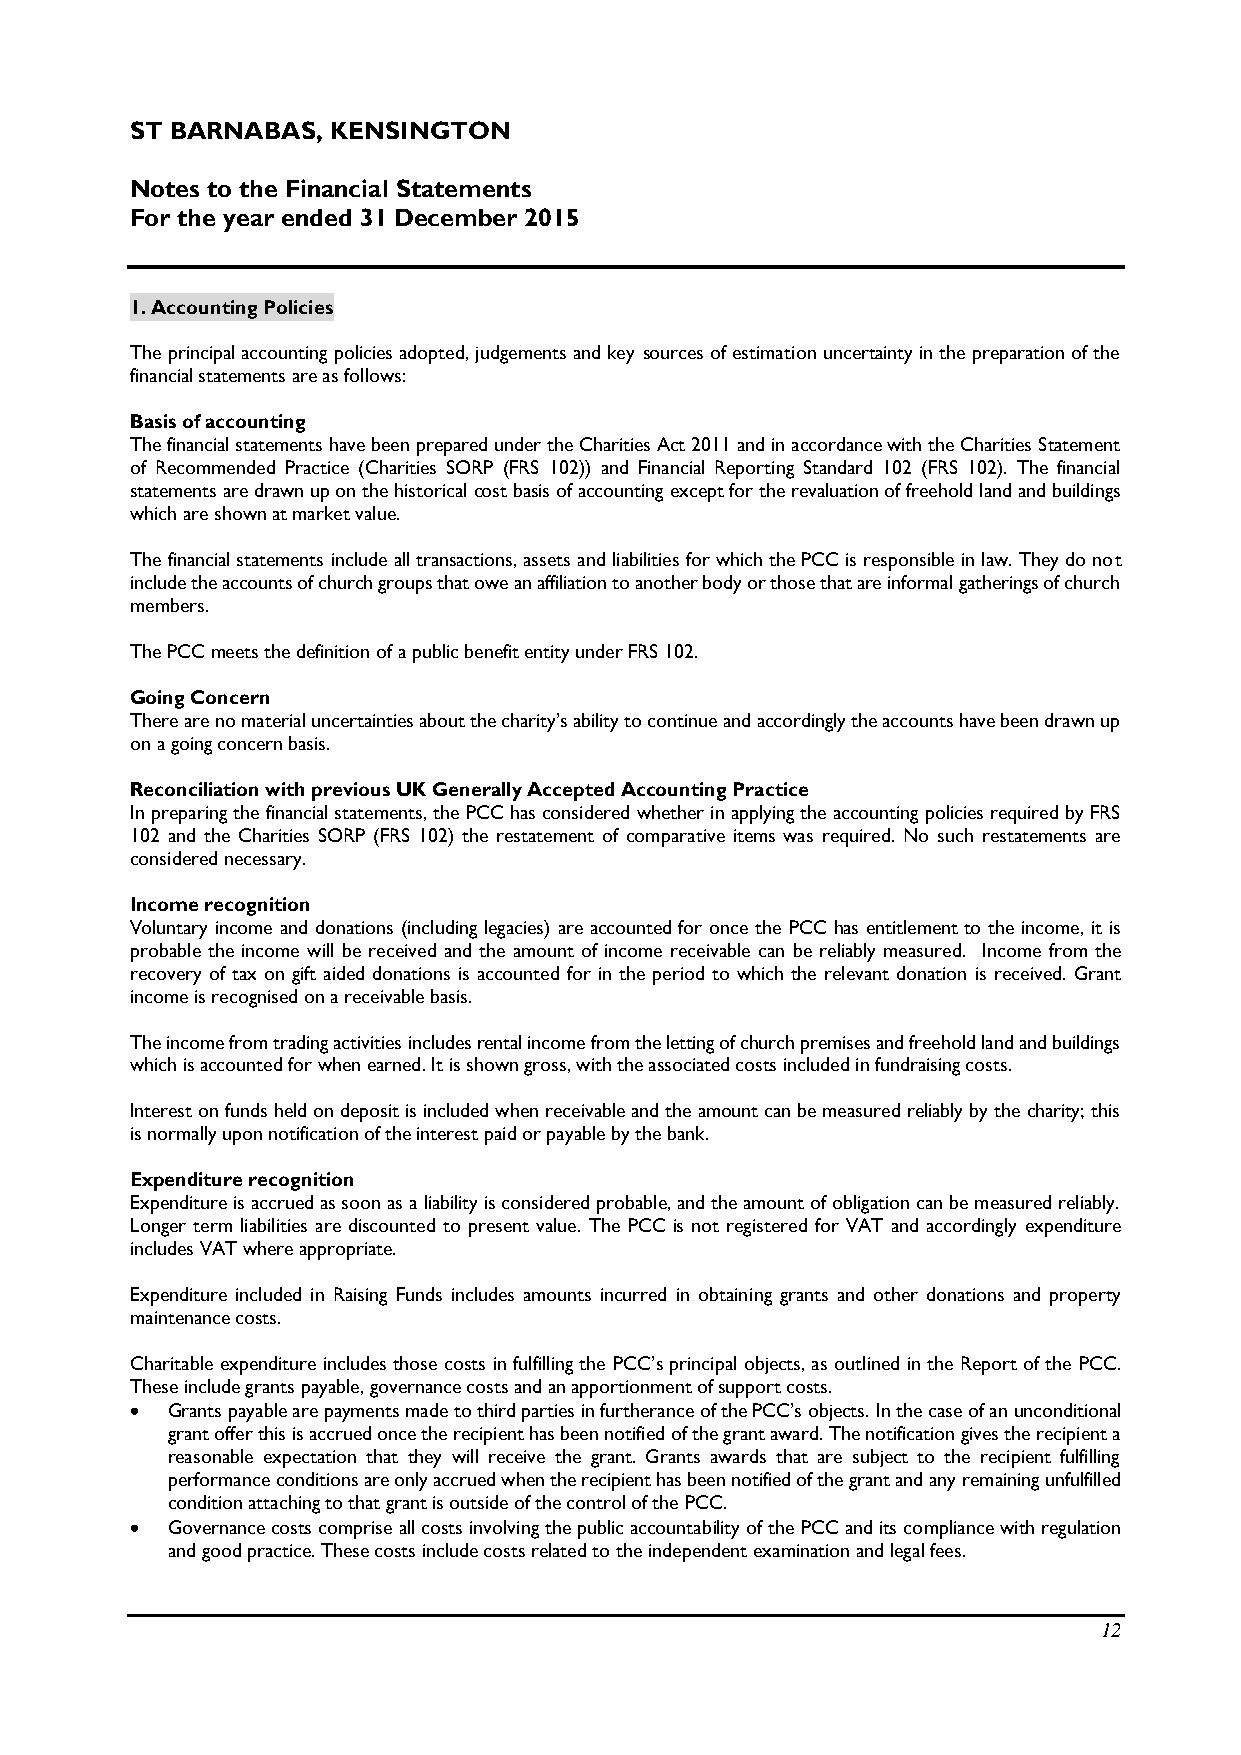
ST BARNABAS, KENSINGTON
 Notes to the Financial Statements
 For the year ended 31 December 2015
 1. Accounting Policies
 The principal accounting policies adopted, judgements and key sources of estimation uncertainty in the preparation of the
 financial statements are as follows:
 Basis of accounting
 The financial statements have been prepared under the Charities Act 2011 and in accordance with the Charities Statement
 of Recommended Practice (Charities SORP (FRS 102)) and Financial Reporting Standard 102 (FRS 102). The financial
 statements are drawn up on the historical cost basis of accounting except for the revaluation of freehold land and buildings
 which are shown at market value.
 The financial statements include all transactions, assets and liabilities for which the PCC is responsible in law. They do not
 include the accounts of church groups that owe an affiliation to another body or those that are informal gatherings of church
 members.
 The PCC meets the definition of a public benefit entity under FRS 102.
 Going Concern
 There are no material uncertainties about the charity’s ability to continue and accordingly the accounts have been drawn up
 on a going concern basis.
 Reconciliation with previous UK Generally Accepted Accounting Practice
 In preparing the financial statements, the PCC has considered whether in applying the accounting policies required by FRS
 102 and the Charities SORP (FRS 102) the restatement of comparative items was required. No such restatements are
 considered necessary.
 Income recognition
 Voluntary income and donations (including legacies) are accounted for once the PCC has entitlement to the income, it is
 probable the income will be received and the amount of income receivable can be reliably measured. Income from the
 recovery of tax on gift aided donations is accounted for in the period to which the relevant donation is received. Grant
 income is recognised on a receivable basis.
 The income from trading activities includes rental income from the letting of church premises and freehold land and buildings
 which is accounted for when earned. It is shown gross, with the associated costs included in fundraising costs.
 Interest on funds held on deposit is included when receivable and the amount can be measured reliably by the charity; this
 is normally upon notification of the interest paid or payable by the bank.
 Expenditure recognition
 Expenditure is accrued as soon as a liability is considered probable, and the amount of obligation can be measured reliably.
 Longer term liabilities are discounted to present value. The PCC is not registered for VAT and accordingly expenditure
 includes VAT where appropriate.
 Expenditure included in Raising Funds includes amounts incurred in obtaining grants and other donations and property
 maintenance costs.
 Charitable expenditure includes those costs in fulfilling the PCC’s principal objects, as outlined in the Report of the PCC.
 These include grants payable, governance costs and an apportionment of support costs.
  Grants payable are payments made to third parties in furtherance of the PCC’s objects. In the case of an unconditional
 grant offer this is accrued once the recipient has been notified of the grant award. The notification gives the recipient a
 reasonable expectation that they will receive the grant. Grants awards that are subject to the recipient fulfilling
 performance conditions are only accrued when the recipient has been notified of the grant and any remaining unfulfilled
 condition attaching to that grant is outside of the control of the PCC.
  Governance costs comprise all costs involving the public accountability of the PCC and its compliance with regulation
 and good practice. These costs include costs related to the independent examination and legal fees.
 12